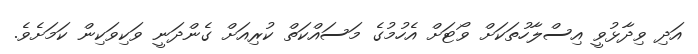
އަދި ވިދާޅުވީ އިސްލާހުތަކަށް ވޯޓަށް އެހުމުގެ މަސައްކަތް ކުރިއަށް ގެންދަނީ ވަކިވަކިން ކަަމަށެވެ.